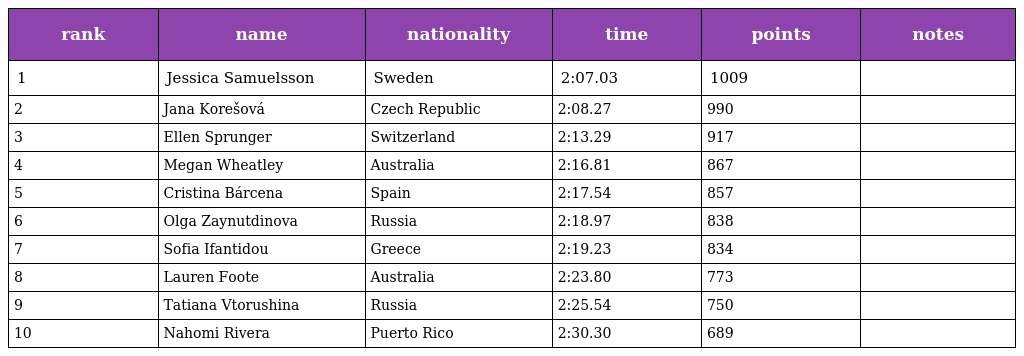
| rank | name | nationality | time | points | notes |
 | --- | --- | --- | --- | --- | --- |
 | 1 | Jessica Samuelsson | Sweden | 2:07.03 | 1009 |  |
 | 2 | Jana Korešová | Czech Republic | 2:08.27 | 990 |  |
 | 3 | Ellen Sprunger | Switzerland | 2:13.29 | 917 |  |
 | 4 | Megan Wheatley | Australia | 2:16.81 | 867 |  |
 | 5 | Cristina Bárcena | Spain | 2:17.54 | 857 |  |
 | 6 | Olga Zaynutdinova | Russia | 2:18.97 | 838 |  |
 | 7 | Sofia Ifantidou | Greece | 2:19.23 | 834 |  |
 | 8 | Lauren Foote | Australia | 2:23.80 | 773 |  |
 | 9 | Tatiana Vtorushina | Russia | 2:25.54 | 750 |  |
 | 10 | Nahomi Rivera | Puerto Rico | 2:30.30 | 689 |  |